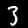
Label: 3